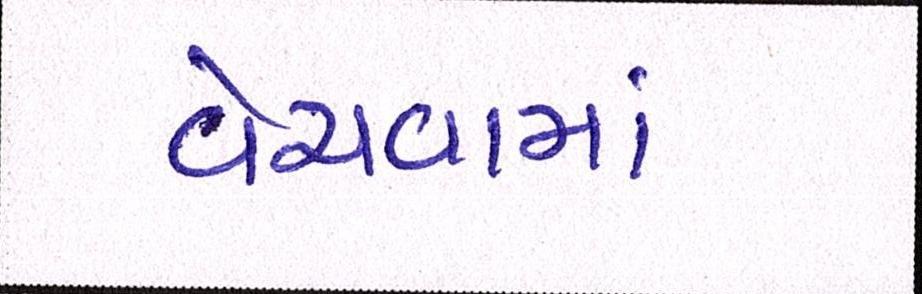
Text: વેચવામાં